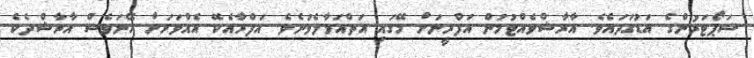
ސަޕޯޓަރުންގެ އަޑުގަދައެވެ. އާރާޝްވެއްޓުމުން އަފްރީނަށް މޭގައި އަތްއަޅާލެވުނެވެ. އަފްރާއެކޭ އެއްވަރަށް އޭނަވެސް އާރާޝްދެކެ